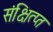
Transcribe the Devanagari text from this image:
संक्षित्प्त